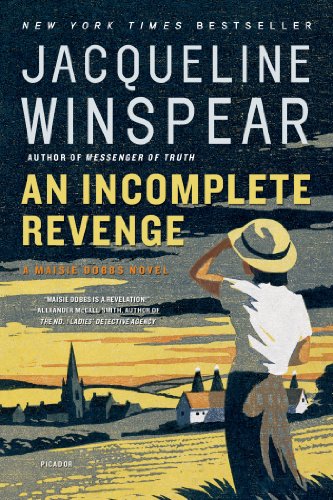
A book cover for An Incomplete Revenge (Maisie Dobbs Book 5); Jacqueline Winspear; Mystery, Thriller & Suspense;